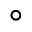
^ \circ